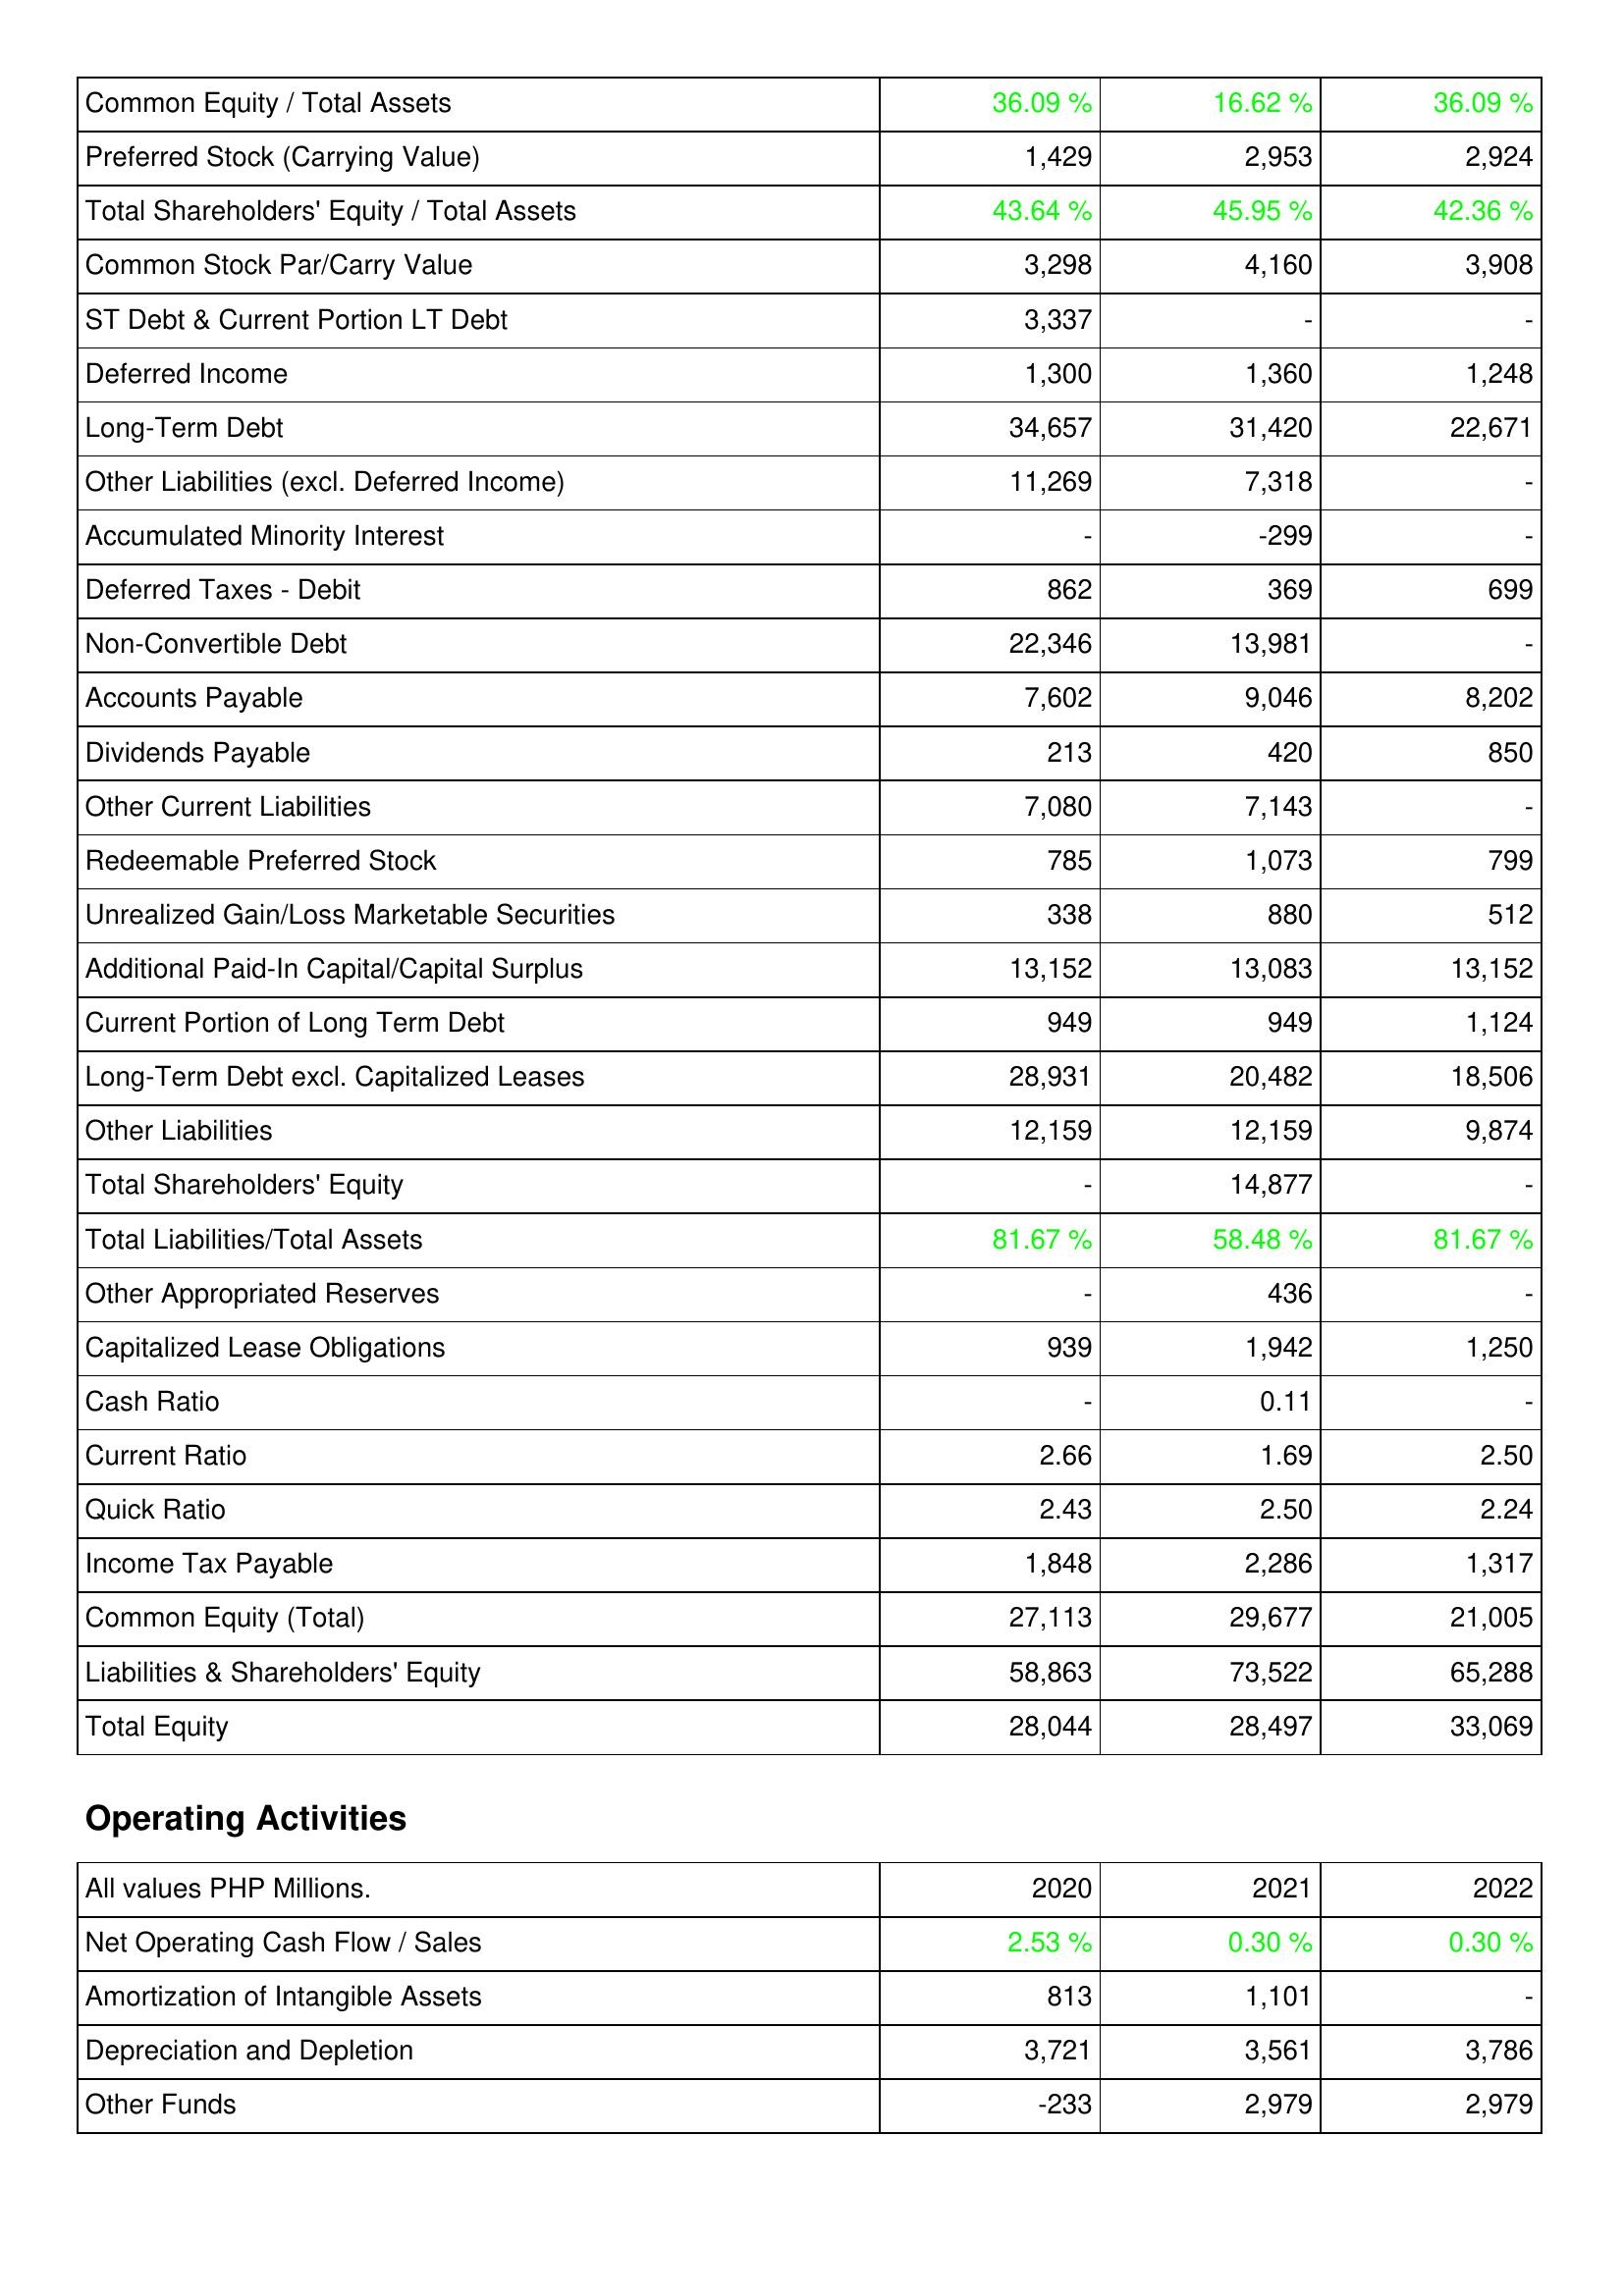
2020: Liabilities & Shareholders' Equity: Common Equity / Total Assets: 36.09 %
Preferred Stock (Carrying Value): 1,429
Total Shareholders' Equity / Total Assets: 43.64 %
Common Stock Par/Carry Value: 3,298
ST Debt & Current Portion LT Debt: 3,337
Deferred Income: 1,300
Long-Term Debt: 34,657
Other Liabilities (excl. Deferred Income): 11,269
Accumulated Minority Interest: -
Deferred Taxes - Debit: 862
Non-Convertible Debt: 22,346
Accounts Payable: 7,602
Dividends Payable: 213
Other Current Liabilities: 7,080
Redeemable Preferred Stock: 785
Unrealized Gain/Loss Marketable Securities: 338
Additional Paid-In Capital/Capital Surplus: 13,152
Current Portion of Long Term Debt: 949
Long-Term Debt excl. Capitalized Leases: 28,931
Other Liabilities: 12,159
Total Shareholders' Equity: -
Total Liabilities/Total Assets: 81.67 %
Other Appropriated Reserves: -
Capitalized Lease Obligations: 939
Cash Ratio: -
Current Ratio: 2.66
Quick Ratio: 2.43
Income Tax Payable: 1,848
Common Equity (Total): 27,113
Liabilities & Shareholders' Equity: 58,863
Total Equity: 28,044
Operating Activities: Net Operating Cash Flow / Sales: 2.53 %
Amortization of Intangible Assets: 813
Depreciation and Depletion: 3,721
Other Funds: -233
2021: Liabilities & Shareholders' Equity: Common Equity / Total Assets: 16.62 %
Preferred Stock (Carrying Value): 2,953
Total Shareholders' Equity / Total Assets: 45.95 %
Common Stock Par/Carry Value: 4,160
ST Debt & Current Portion LT Debt: -
Deferred Income: 1,360
Long-Term Debt: 31,420
Other Liabilities (excl. Deferred Income): 7,318
Accumulated Minority Interest: -299
Deferred Taxes - Debit: 369
Non-Convertible Debt: 13,981
Accounts Payable: 9,046
Dividends Payable: 420
Other Current Liabilities: 7,143
Redeemable Preferred Stock: 1,073
Unrealized Gain/Loss Marketable Securities: 880
Additional Paid-In Capital/Capital Surplus: 13,083
Current Portion of Long Term Debt: 949
Long-Term Debt excl. Capitalized Leases: 20,482
Other Liabilities: 12,159
Total Shareholders' Equity: 14,877
Total Liabilities/Total Assets: 58.48 %
Other Appropriated Reserves: 436
Capitalized Lease Obligations: 1,942
Cash Ratio: 0.11
Current Ratio: 1.69
Quick Ratio: 2.50
Income Tax Payable: 2,286
Common Equity (Total): 29,677
Liabilities & Shareholders' Equity: 73,522
Total Equity: 28,497
Operating Activities: Net Operating Cash Flow / Sales: 0.30 %
Amortization of Intangible Assets: 1,101
Depreciation and Depletion: 3,561
Other Funds: 2,979
2022: Liabilities & Shareholders' Equity: Common Equity / Total Assets: 36.09 %
Preferred Stock (Carrying Value): 2,924
Total Shareholders' Equity / Total Assets: 42.36 %
Common Stock Par/Carry Value: 3,908
ST Debt & Current Portion LT Debt: -
Deferred Income: 1,248
Long-Term Debt: 22,671
Other Liabilities (excl. Deferred Income): -
Accumulated Minority Interest: -
Deferred Taxes - Debit: 699
Non-Convertible Debt: -
Accounts Payable: 8,202
Dividends Payable: 850
Other Current Liabilities: -
Redeemable Preferred Stock: 799
Unrealized Gain/Loss Marketable Securities: 512
Additional Paid-In Capital/Capital Surplus: 13,152
Current Portion of Long Term Debt: 1,124
Long-Term Debt excl. Capitalized Leases: 18,506
Other Liabilities: 9,874
Total Shareholders' Equity: -
Total Liabilities/Total Assets: 81.67 %
Other Appropriated Reserves: -
Capitalized Lease Obligations: 1,250
Cash Ratio: -
Current Ratio: 2.50
Quick Ratio: 2.24
Income Tax Payable: 1,317
Common Equity (Total): 21,005
Liabilities & Shareholders' Equity: 65,288
Total Equity: 33,069
Operating Activities: Net Operating Cash Flow / Sales: 0.30 %
Amortization of Intangible Assets: -
Depreciation and Depletion: 3,786
Other Funds: 2,979